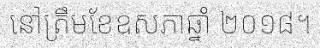
នៅត្រឹមខែឧសភាឆ្នាំ ២០១៨។